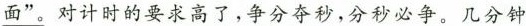
\underline{面”。}对计时的要求高了，争分夺秒，分秒必争。几分钟